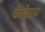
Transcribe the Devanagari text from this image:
कॅलेंडरचा